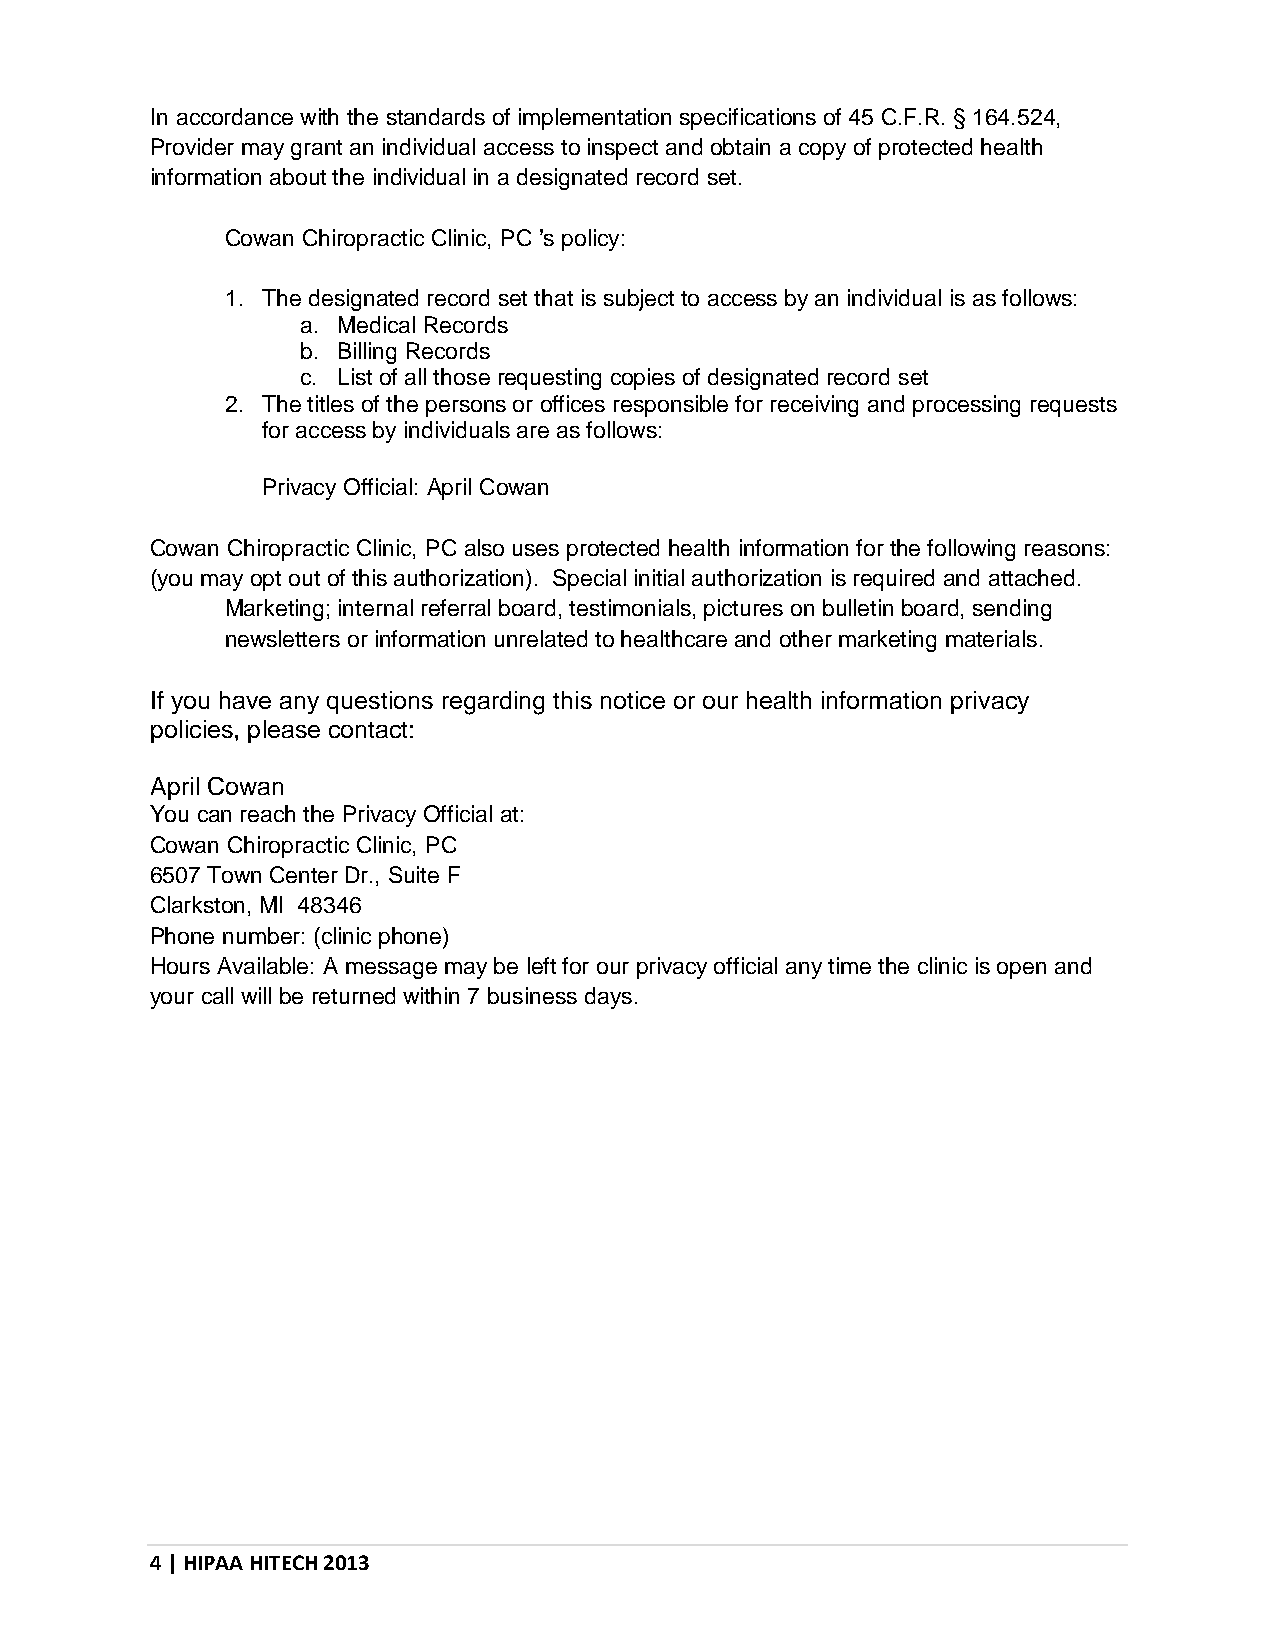
In accordance with the standards of implementation specifications of 45 C.F.R. § 164.524,
 Provider may grant an individual access to inspect and obtain a copy of protected health
 information about the individual in a designated record set.
 Cowan Chiropractic Clinic, PC ’s policy:
 1. The designated record set that is subject to access by an individual is as follows:
 a. Medical Records
 b. Billing Records
 c. List of all those requesting copies of designated record set
 2. The titles of the persons or offices responsible for receiving and processing requests
 for access by individuals are as follows:
 Privacy Official: April Cowan
 Cowan Chiropractic Clinic, PC also uses protected health information for the following reasons:
 (you may opt out of this authorization). Special initial authorization is required and attached.
 Marketing; internal referral board, testimonials, pictures on bulletin board, sending
 newsletters or information unrelated to healthcare and other marketing materials.
 If you have any questions regarding this notice or our health information privacy
 policies, please contact:
 April Cowan
 You can reach the Privacy Official at:
 Cowan Chiropractic Clinic, PC
 6507 Town Center Dr., Suite F
 Clarkston, MI 48346
 Phone number: (clinic phone)
 Hours Available: A message may be left for our privacy official any time the clinic is open and
 your call will be returned within 7 business days.
 4 | HIPAA HITECH 2013